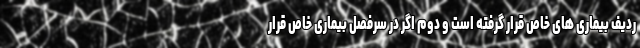
ردیف بیماری های خاص قرار گرفته است و دوم اگر در سرفصل بیماری خاص قرار